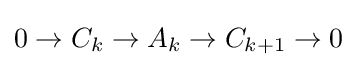
0\to C_{k}\to A_{k}\to C_{k+1}\to 0